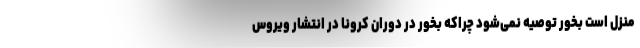
منزل است بخور توصیه نمی‌شود چراکه بخور در دوران کرونا در انتشار ویروس